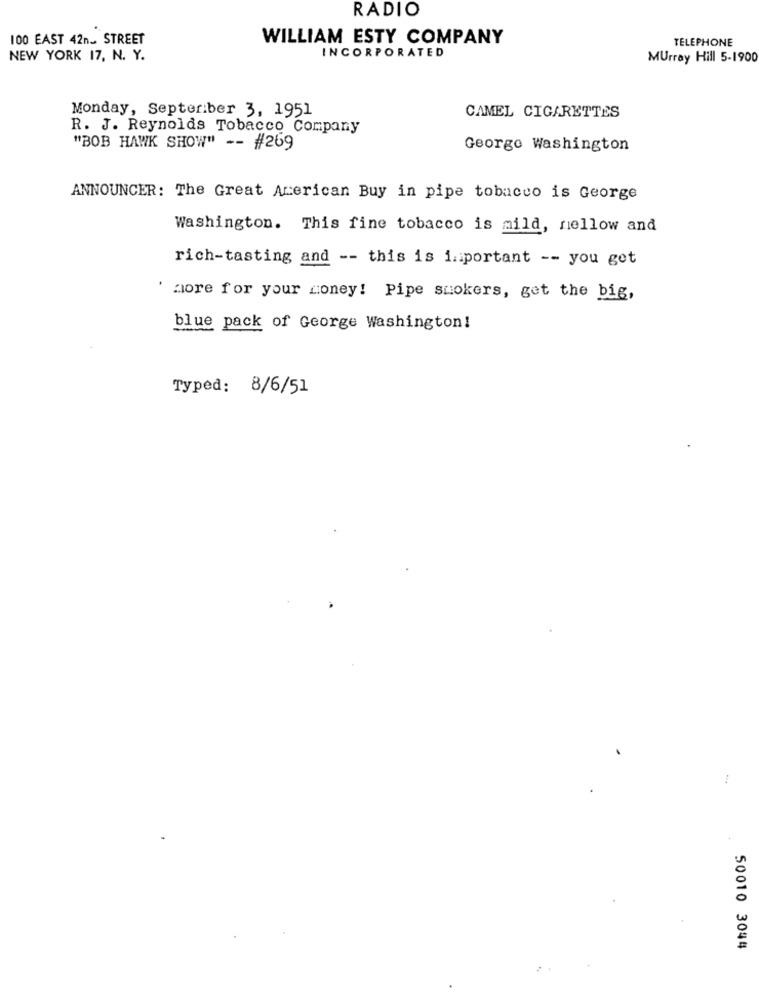
RADIO
100 EAST 42n. STREET
WILLIAM ESTY COMPANY
TELEPHONE
INCORPORATED
NEW YORK 17, N. Y.
Murray Hill 5-1900
Monday, Septeriber 3, 1951
CAMEL CIGARETTES
R. J. Reynolds Tobacco Company
"BOB HAWK SHOW" -- #269
George Washington
ANNOUNCER: The Great American Buy in pipe tobacco is George
Washington. This fine tobacco is mild, nellow and
rich-tasting and -- this is important -- you get
more for your money! Pipe suokers, get the big,
blue pack of George Washington!
Typed: 8/6/51
50010 3044